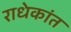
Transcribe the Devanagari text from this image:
राधेकांत